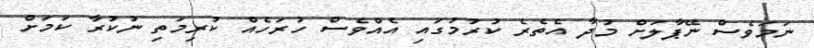
ނަމަވެސް ނޭޕާލަށް މުދާ އެތެރެ ކުރުމުގައި އެއްވެސް ހުރަހެއް ކުރިމަތި ނުކުރާ ކަމަށް